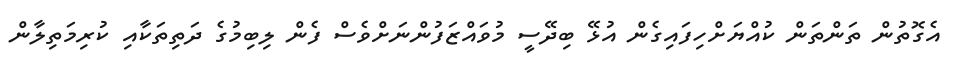
އެގޮތުން ތަންތަން ކުއްޔަށްހިފައިގެން އުޅޭ ބިދޭސީ މުވައްޒަފުންނަށްވެސް ފެން ލިބިމުގެ ދަތިތަކާއި ކުރިމަތިލާން